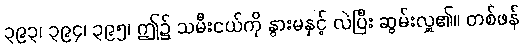
၃၉၃၊ ၃၉၄၊ ၃၉၅၊ ဤ၌ သမီးငယ်ကို နွားမနှင့် လဲပြီး ဆွမ်းလှူ၏။ တစ်ဖန်